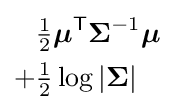
{\begin{aligned}&{\tfrac {1}{2}}{\boldsymbol {\mu }}^{\mathsf {T}}{\boldsymbol {\Sigma }}^{-1}{\boldsymbol {\mu }}\\+&{\tfrac {1}{2}}\log \left|{\boldsymbol {\Sigma }}\right|\end{aligned}}